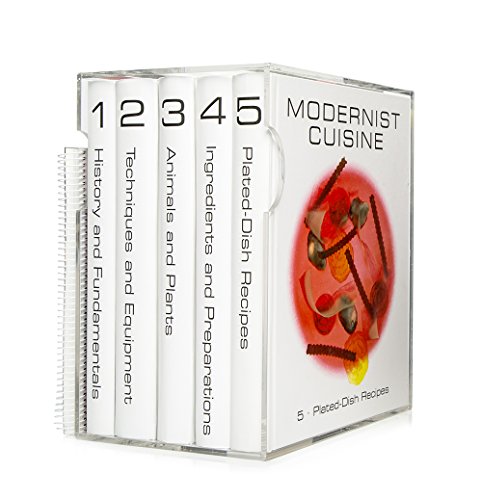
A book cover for Modernist Cuisine: The Art and Science of Cooking; Nathan Myhrvold; Cookbooks, Food & Wine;